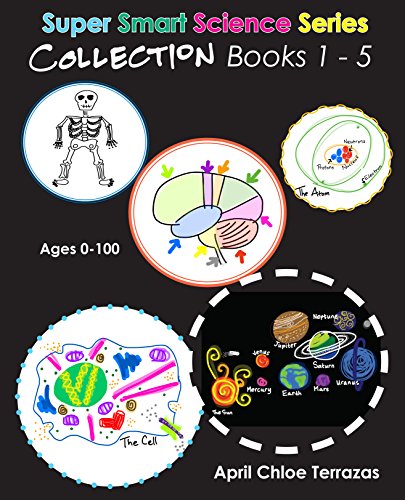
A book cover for Super Smart Science Series Collection: Books 1 - 5; April Chloe Terrazas; Children's Books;